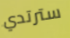
سترتدي